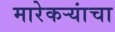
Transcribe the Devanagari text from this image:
मारेकऱ्यांचा